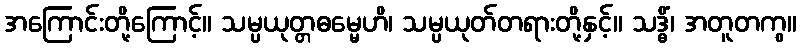
အကြောင်းတို့ကြောင့်။ သမ္ပယုတ္တဓမ္မေဟိ၊ သမ္ပယုတ်တရားတို့နှင့်။ သဒ္ဓိံ၊ အတူတကွ။